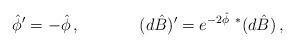
LaTeX: \begin{align*}{\hat \phi}^\prime = -{\hat\phi}\, ,\hskip 1.5truecm(d\hat B)^\prime = e^{-2\hat\phi}\ {}^*(d\hat B)\, ,\end{align*}